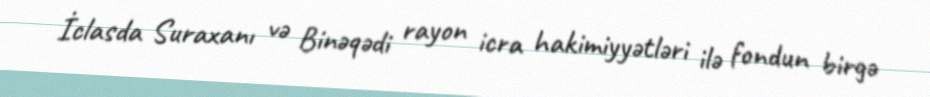
İclasda Suraxanı və Binəqədi rayon icra hakimiyyətləri ilə fondun birgə